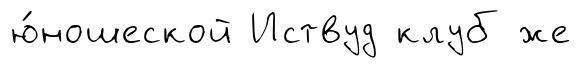
ю́ношеской Иствуд клуб же